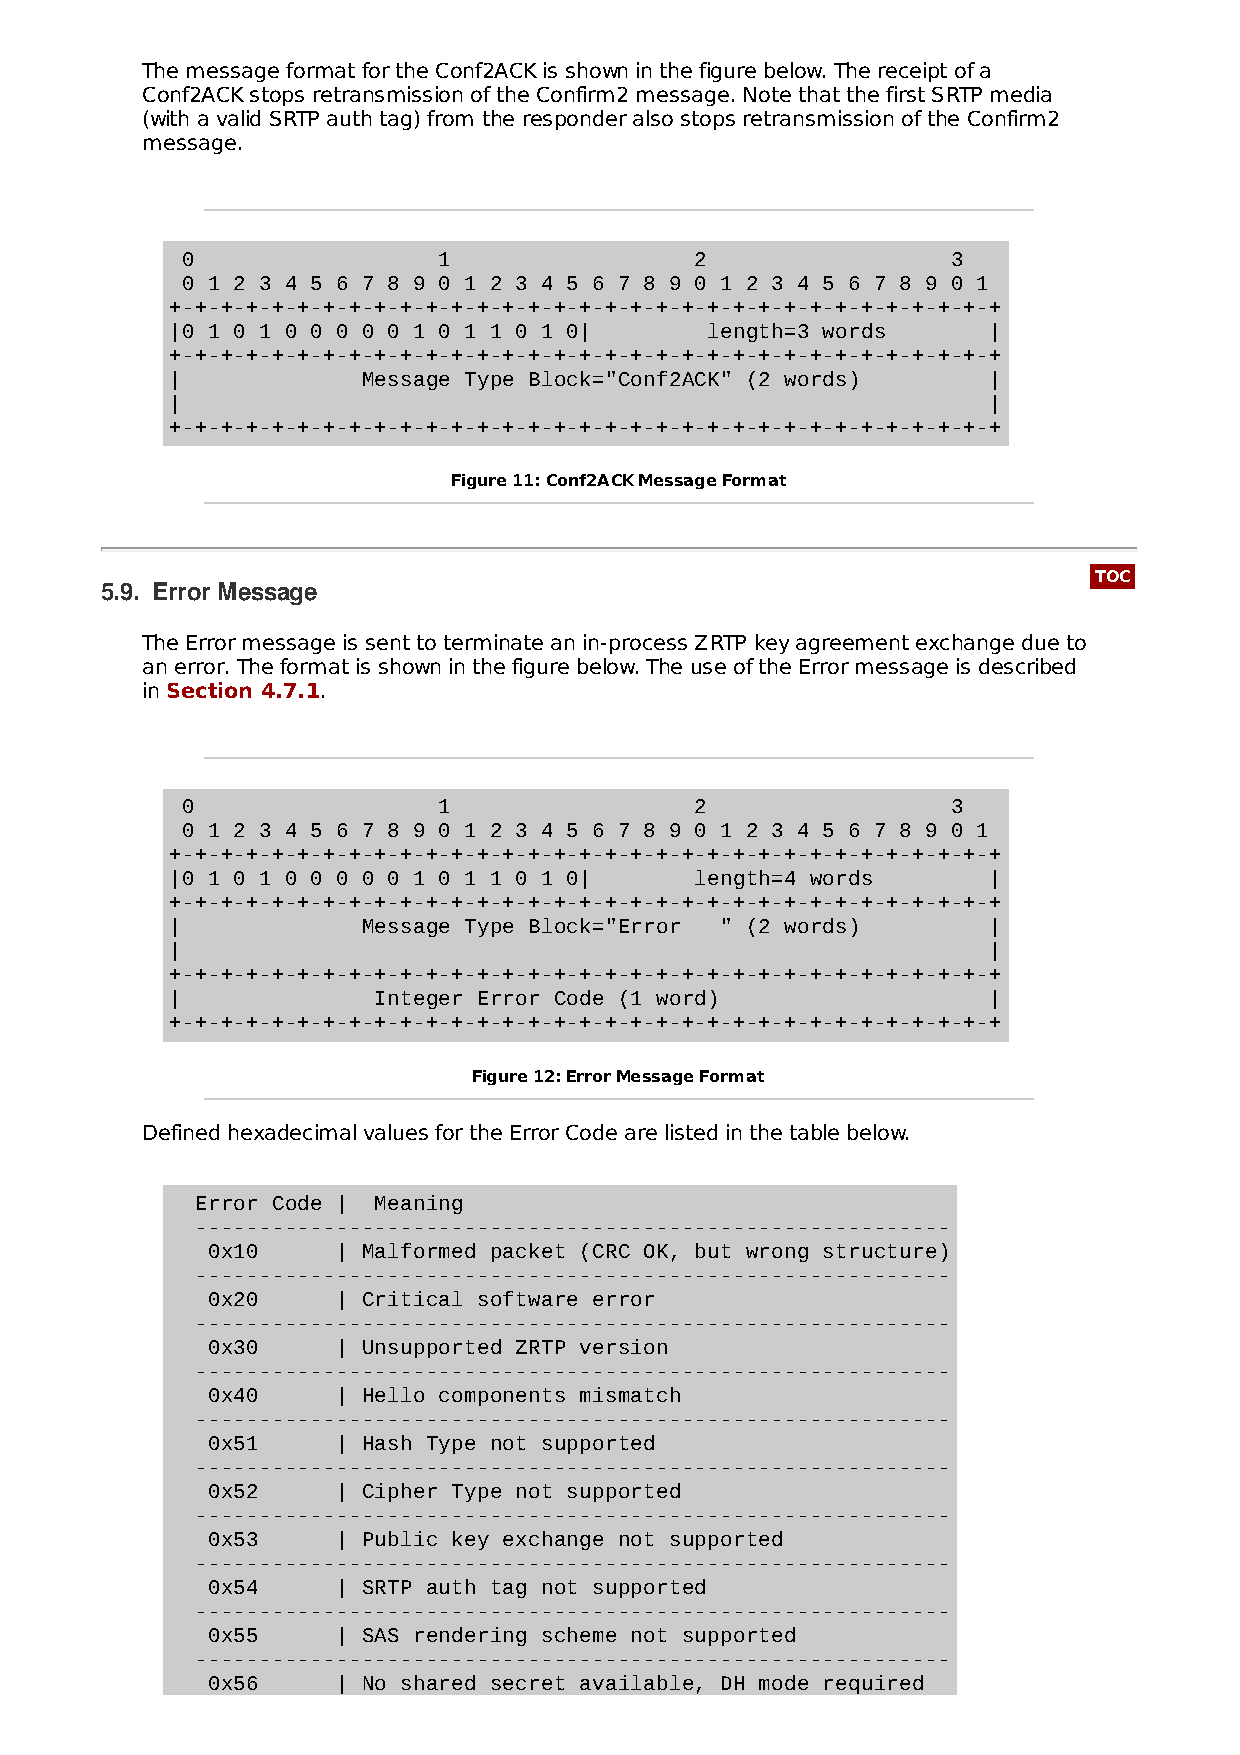
The message format for the Conf2ACK is shown in the figure below. The receipt of a
 Conf2ACK stops retransmission of the Confirm2 message. Note that the first SRTP media
 (with a valid SRTP auth tag) from the responder also stops retransmission of the Confirm2
 message.
 0                1                2                3
 0 1 2 3 4 5 6 7 8 9 0 1 2 3 4 5 6 7 8 9 0 1 2 3 4 5 6 7 8 9 0 1
 +-+-+-+-+-+-+-+-+-+-+-+-+-+-+-+-+-+-+-+-+-+-+-+-+-+-+-+-+-+-+-+-+
 |0 1 0 1 0 0 0 0 0 1 0 1 1 0 1 0|   length=3 words    |
 +-+-+-+-+-+-+-+-+-+-+-+-+-+-+-+-+-+-+-+-+-+-+-+-+-+-+-+-+-+-+-+-+
 |            Message Type Block="Conf2ACK" (2 words)  |
 |                                                     |
 +-+-+-+-+-+-+-+-+-+-+-+-+-+-+-+-+-+-+-+-+-+-+-+-+-+-+-+-+-+-+-+-+
 Figure 11: Conf2ACK Message Format
 TOC
 5.9. Error Message
 The Error message is sent to terminate an in-process ZRTP key agreement exchange due to
 an error. The format is shown in the figure below. The use of the Error message is described
 in Section 4.7.1.
 0                1                2                3
 0 1 2 3 4 5 6 7 8 9 0 1 2 3 4 5 6 7 8 9 0 1 2 3 4 5 6 7 8 9 0 1
 +-+-+-+-+-+-+-+-+-+-+-+-+-+-+-+-+-+-+-+-+-+-+-+-+-+-+-+-+-+-+-+-+
 |0 1 0 1 0 0 0 0 0 1 0 1 1 0 1 0|  length=4 words     |
 +-+-+-+-+-+-+-+-+-+-+-+-+-+-+-+-+-+-+-+-+-+-+-+-+-+-+-+-+-+-+-+-+
 |            Message Type Block="Error " (2 words)    |
 |                                                     |
 +-+-+-+-+-+-+-+-+-+-+-+-+-+-+-+-+-+-+-+-+-+-+-+-+-+-+-+-+-+-+-+-+
 |             Integer Error Code (1 word)             |
 +-+-+-+-+-+-+-+-+-+-+-+-+-+-+-+-+-+-+-+-+-+-+-+-+-+-+-+-+-+-+-+-+
 Figure 12: Error Message Format
 Defined hexadecimal values for the Error Code are listed in the table below.
 Error Code | Meaning
 -----------------------------------------------------------
 0x10    | Malformed packet (CRC OK, but wrong structure)
 -----------------------------------------------------------
 0x20    | Critical software error
 -----------------------------------------------------------
 0x30    | Unsupported ZRTP version
 -----------------------------------------------------------
 0x40    | Hello components mismatch
 -----------------------------------------------------------
 0x51    | Hash Type not supported
 -----------------------------------------------------------
 0x52    | Cipher Type not supported
 -----------------------------------------------------------
 0x53    | Public key exchange not supported
 -----------------------------------------------------------
 0x54    | SRTP auth tag not supported
 -----------------------------------------------------------
 0x55    | SAS rendering scheme not supported
 -----------------------------------------------------------
 0x56    | No shared secret available, DH mode required